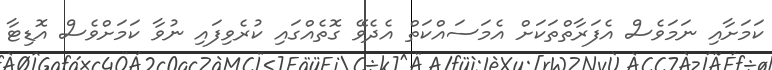
ކަމަށާއި ނަމަވެސް އެފަރާތްތަކަށް އެމަސައްކަތް އެދެވޭ ގޮތެއްގައި ކުރެވިފައި ނުވާ ކަމަށްވެސް އޮޑިޓާ